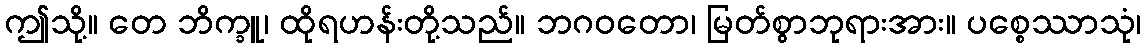
ဤသို့။ တေ ဘိက္ခူ၊ ထိုရဟန်းတို့သည်။ ဘဂဝတော၊ မြတ်စွာဘုရားအား။ ပစ္စေဿာသုံ၊